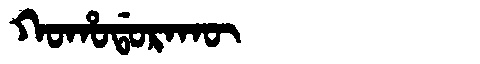
Manchu: ᡴᠣᡥᠣᡩᠣᡵᠠᡴᡡ
Romanization: KOHODORAKŪ